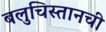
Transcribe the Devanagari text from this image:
बलुचिस्तानची